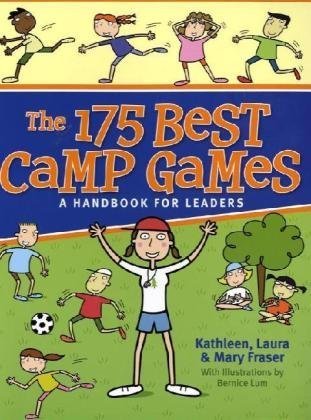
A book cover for The 175 Best Camp Games: A Handbook for Leaders; Kathleen Fraser; Sports & Outdoors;